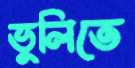
ভুলিতে